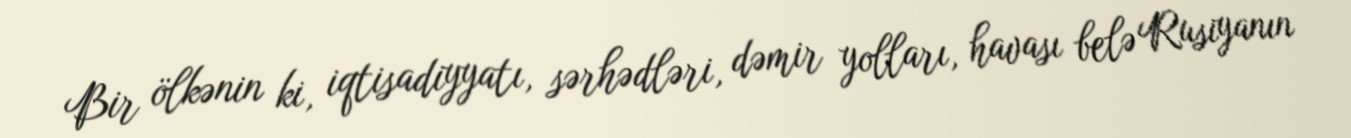
Bir ölkənin ki, iqtisadiyyatı, sərhədləri, dəmir yolları, havası belə Rusiyanın